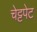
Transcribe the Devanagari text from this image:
चेट्टपेट